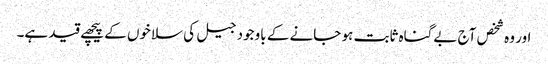
اور وہ شخص آج بےگناہ ثابت ہو جانے کے باوجود جیل کی سلاخوں کے پیچھے قید ہے۔